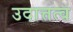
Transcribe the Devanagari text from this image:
उदात्तत्व